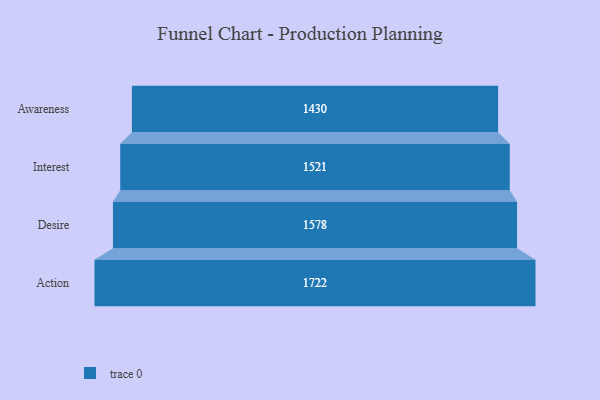
{"axis": {"x": "Stage", "y": "Value"}, "legend": [""], "data": [{"x": "Awareness", "y": 1430.0, "type": ""}, {"x": "Interest", "y": 1521.0, "type": ""}, {"x": "Desire", "y": 1578.0, "type": ""}, {"x": "Action", "y": 1722.0, "type": ""}]}